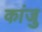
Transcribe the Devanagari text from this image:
कांजु